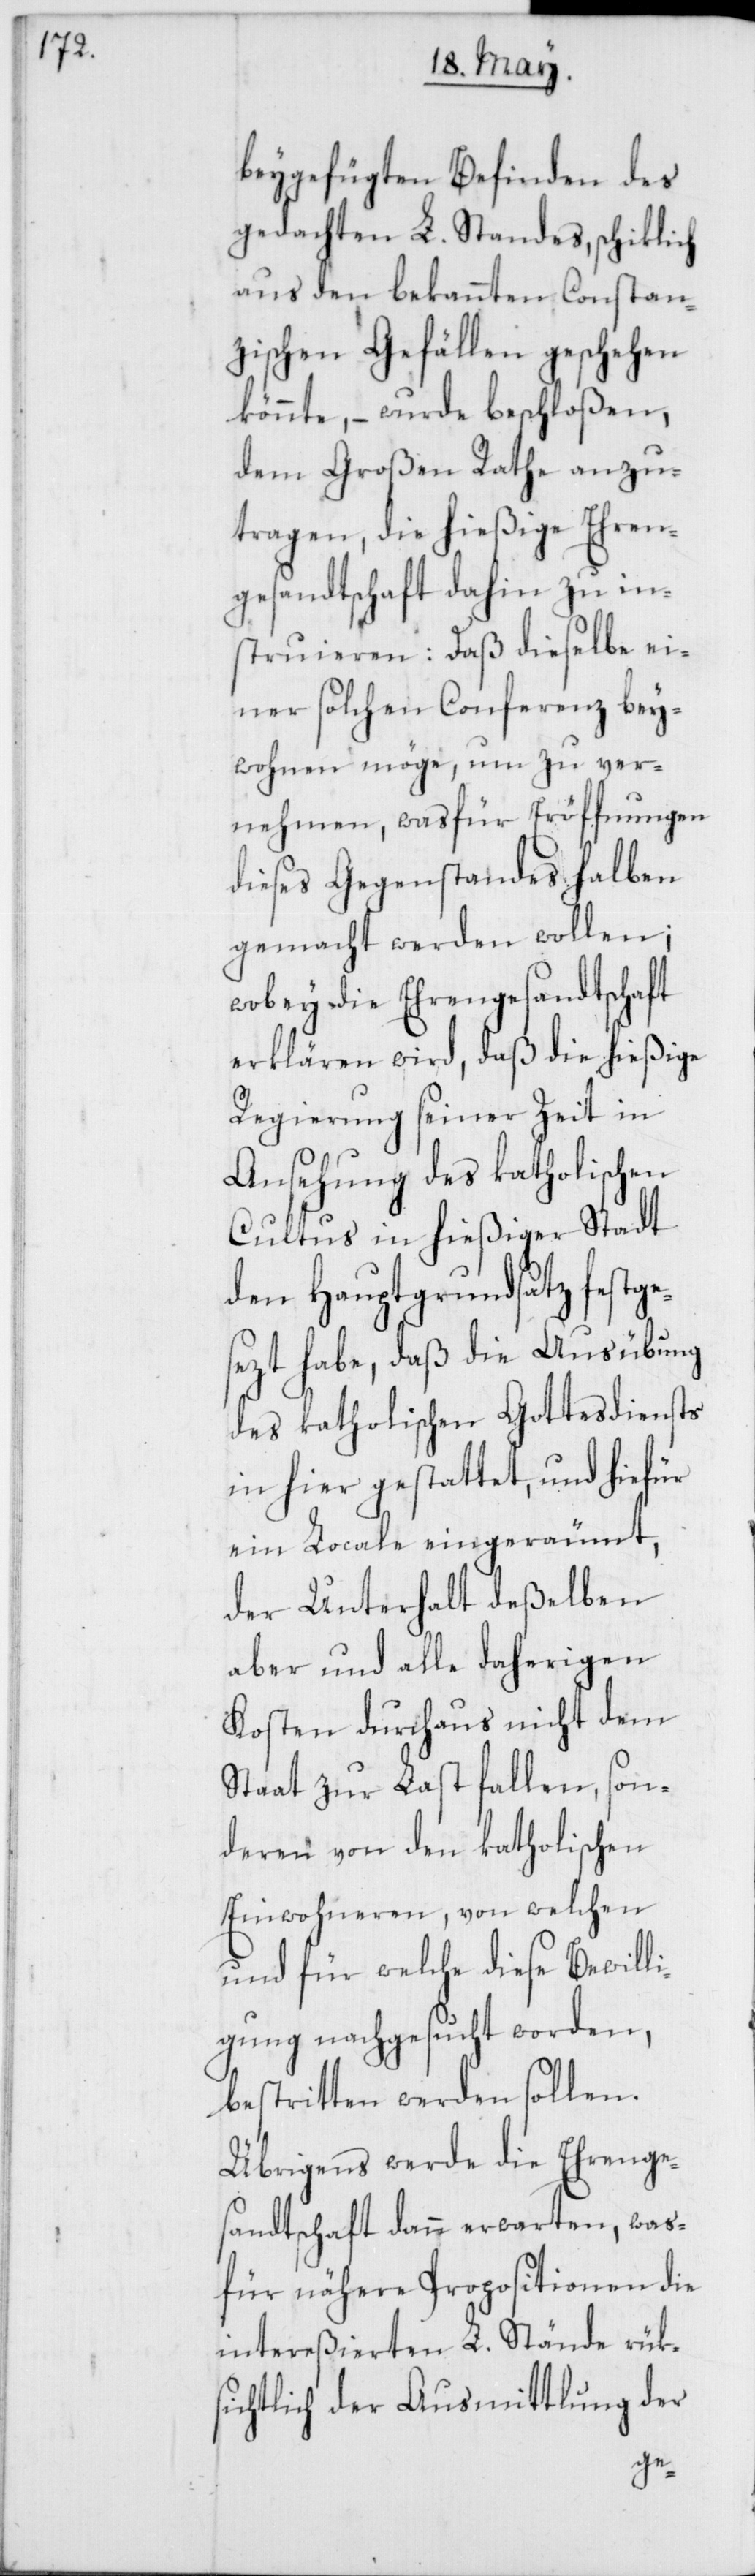
beygefügten Befinden des
gedachten L. Standes, schiklich
aus den bekannten Constan¬
zischen Gefällen geschehen
könnte, – wurde beschloßen,
dem großen Rathe anzu¬
tragen, die hießige Ehren¬
gesandtschaft dahin zu in¬
struieren: Daß dieselbe ei¬
ner solchen Conferenz bey¬
wohnen möge, um zu ver¬
nehmen, was für Eröffnungen
dieses Gegenstandes halben
gemacht werden wollen;
wobey die Ehrengesandtschaft
erklären wird, daß die hießige
Regierung seiner Zeit in
Ansehung des katholischen
Cultus in hießiger Stadt
den Hauptgrundsatz festge¬
sezt habe, daß die Ausübung
des katholischen Gottesdiensts
in hier gestattet, und hiefür
ein Locale eingeräumt,
der Unterhalt deßelben
aber und alle daherigen
Kosten durchaus nicht dem
Staat zur Last fallen, son¬
deren von den katholischen
Einwohneren, von welchen
und für welche diese Bewilli¬
gung nachgesucht worden,
bestritten werden sollen.
Übrigens werde die Ehrenge¬
sandtschaft dann erwarten, was¬
für nähere Propositionen die
intereßierten L. Stände rüks¬
ichtlich der Ausmittlung der